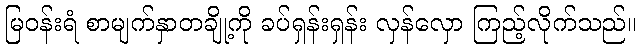
မြဝန်းရံ စာမျက်နှာတချို့ကို ခပ်ရှန်းရှန်း လှန်လှော ကြည့်လိုက်သည်။